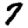
Digit: 7